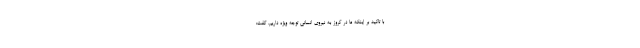
با تاکید بر اینکه ما در کروز به نیروی انسانی توجه ویژه داریم، گفت: